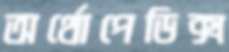
অর্থোপেডিক্স